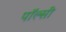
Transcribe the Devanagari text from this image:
पॉल्सी